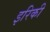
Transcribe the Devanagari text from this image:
इरिकी